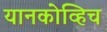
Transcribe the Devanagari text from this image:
यानकोव्हिच